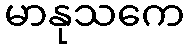
မာနုသကေ